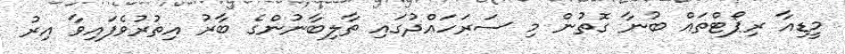
މީޑިއާ ރިޕޯޓްތައް ބުނާ ގޮތުން މި ސަރަހައްދުގައި ތާލިބާނުންގެ ބާރު އިތުރުވެފައިވާ އިރު